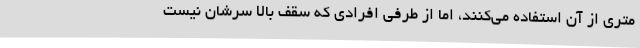
متری از آن استفاده می‌کنند، اما از طرفی افرادی که سقف بالا سرشان نیست